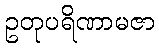
ဥတုပရိဏာမဇာ